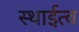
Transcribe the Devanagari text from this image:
स्थाईत्व